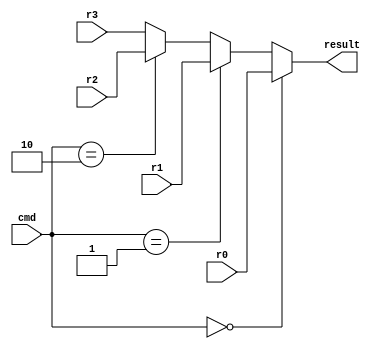
// 
// select one register from r0, r1, r2, r3
// r0, r1, r2, r3result

module reg_mux(cmd, r0, r1, r2, r3, result);

	input [1:0] cmd;
	input [7:0] r0;
	input [7:0] r1;
	input [7:0] r2;
	input [7:0] r3;
	output [7:0] result;

	assign result =
		cmd == 2'b00 ? r0:
		cmd == 2'b01 ? r1:
		cmd == 2'b10 ? r2:
		r3;

endmodule